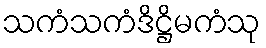
သကံသကံဒိဋ္ဌိမကံသု